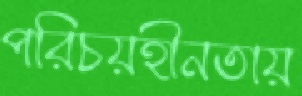
পরিচয়হীনতায়